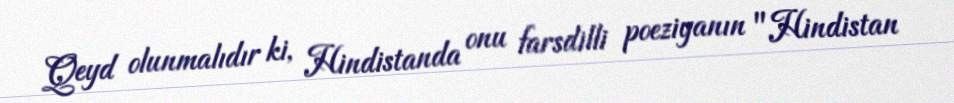
Qeyd olunmalıdır ki, Hindistanda onu farsdilli poeziyanın "Hindistan